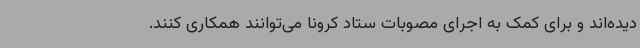
دیده‌اند و برای کمک به اجرای مصوبات ستاد کرونا می‌توانند همکاری کنند.